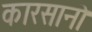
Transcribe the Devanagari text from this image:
कारसानो